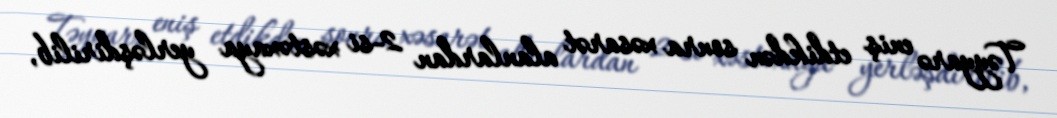
Təyyarə eniş etdikdən sonra xəsarət alanlardan 2-si xəstəxaya yerləşdirilib,